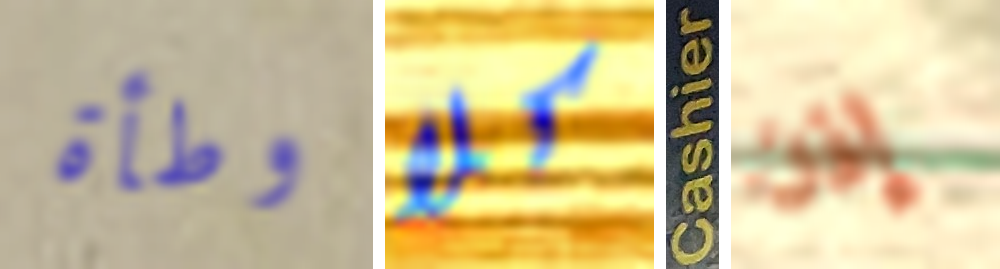
وطأة كلا Cashier إذن